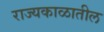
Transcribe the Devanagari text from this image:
राज्यकाळातील